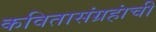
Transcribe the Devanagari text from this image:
कवितासंग्रहांची